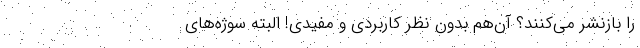
را بازنشر می‌کنند؟ آن‌هم بدون نظر کاربردی و‌ مفیدی! البته سوژه‌های